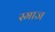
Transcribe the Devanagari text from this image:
स्माज